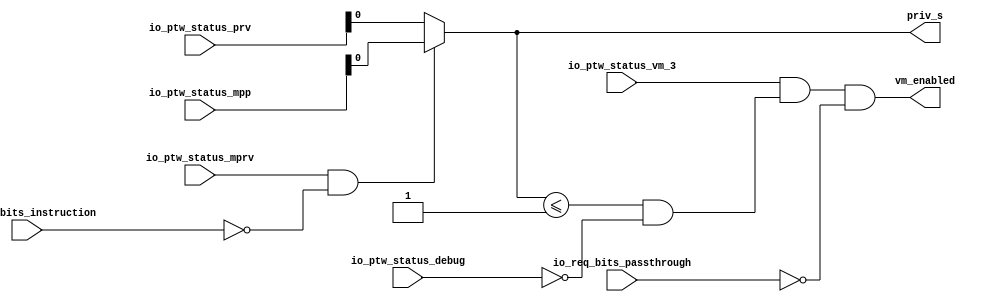
module v_p_trans_arbi(
  input io_req_bits_instruction,
  input io_ptw_status_mprv,
  input [1:0] io_ptw_status_mpp,
  input [1:0] io_ptw_status_prv,
  input io_ptw_status_debug,
  input io_ptw_status_vm_3,
  input io_req_bits_passthrough,
  
  output priv_s,
  output vm_enabled
  );

  wire do_mprv;
  wire priv;
  wire priv_uses_vm;
   
  assign do_mprv = io_ptw_status_mprv & (io_req_bits_instruction == 1'h0);
  assign priv = do_mprv ? io_ptw_status_mpp : io_ptw_status_prv;
  assign priv_s = priv == 2'h1;
  assign priv_uses_vm = (priv <= 2'h1) & (io_ptw_status_debug == 1'h0);
  assign vm_enabled = (io_ptw_status_vm_3 & priv_uses_vm) & (io_req_bits_passthrough == 1'h0);

endmodule